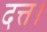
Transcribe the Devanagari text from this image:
दत्त।